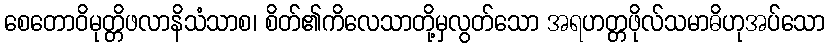
စေတောဝိမုတ္တိဖလာနိသံသာစ၊ စိတ်၏ကိလေသာတို့မှလွတ်သော အရဟတ္တဖိုလ်သမာဓိဟုအပ်သော